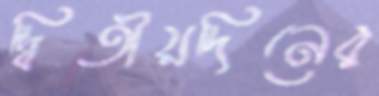
দ্বিতীয়দিনের